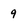
Character: 9